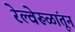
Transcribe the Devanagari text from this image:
रेल्वेरूळांतून